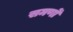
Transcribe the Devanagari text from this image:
समणों